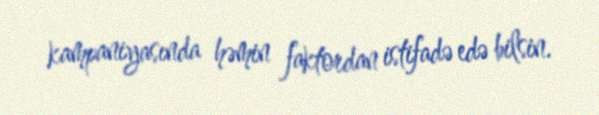
kampaniyasında həmin faktordan istifadə edə bilsin.